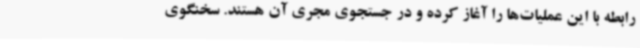
رابطه با این عملیات‌ها را آغاز کرده و در جستجوی مجری آن هستند. سخنگوی